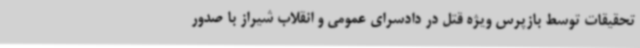
تحقیقات توسط بازپرس ویژه قتل در دادسرای عمومی و انقلاب شیراز با صدور